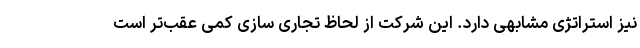
نیز استراتژی مشابهی دارد. این شرکت از لحاظ تجاری سازی کمی عقب‌تر است